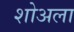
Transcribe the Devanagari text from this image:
शोअला